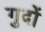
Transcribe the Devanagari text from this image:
गुदों